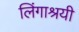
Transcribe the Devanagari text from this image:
लिंगाश्रयी